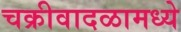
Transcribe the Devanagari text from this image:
चक्रीवादळामध्ये